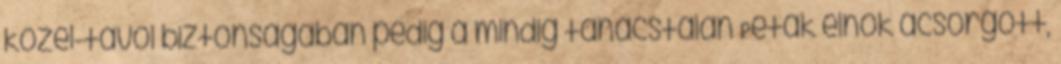
közel-távol biztonságában pedig a mindig tanácstalan Peták elnök ácsorgott,